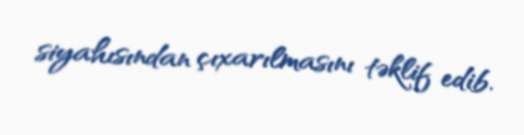
siyahısından çıxarılmasını təklif edib.